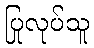
ပြုလုပ်သူ